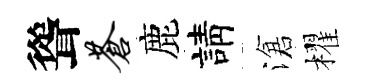
聳苍鹿請滄櫂